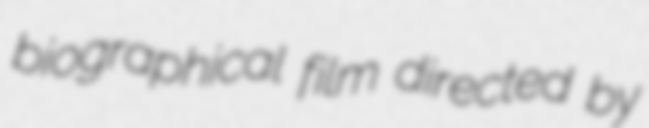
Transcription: biographical film directed by